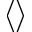
\langle \rangle